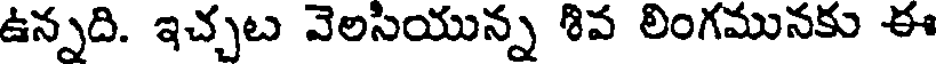
ఉన్నది. ఇచ్చట వెలసియున్న శివ లింగమునకు ఈ